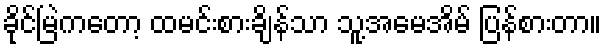
ခိုင်မြဲကတော့ ထမင်းစားချိန်သာ သူ့အမေအိမ် ပြန်စားတာ။